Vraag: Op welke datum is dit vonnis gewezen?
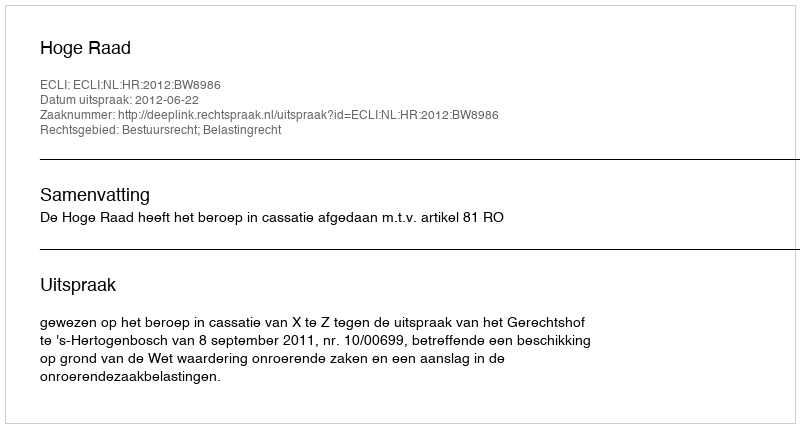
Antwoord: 2012-06-22